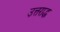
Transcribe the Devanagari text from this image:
उत्तराद्ध